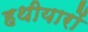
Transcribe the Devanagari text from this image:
हथीयारों